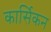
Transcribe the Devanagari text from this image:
कार्सिकन